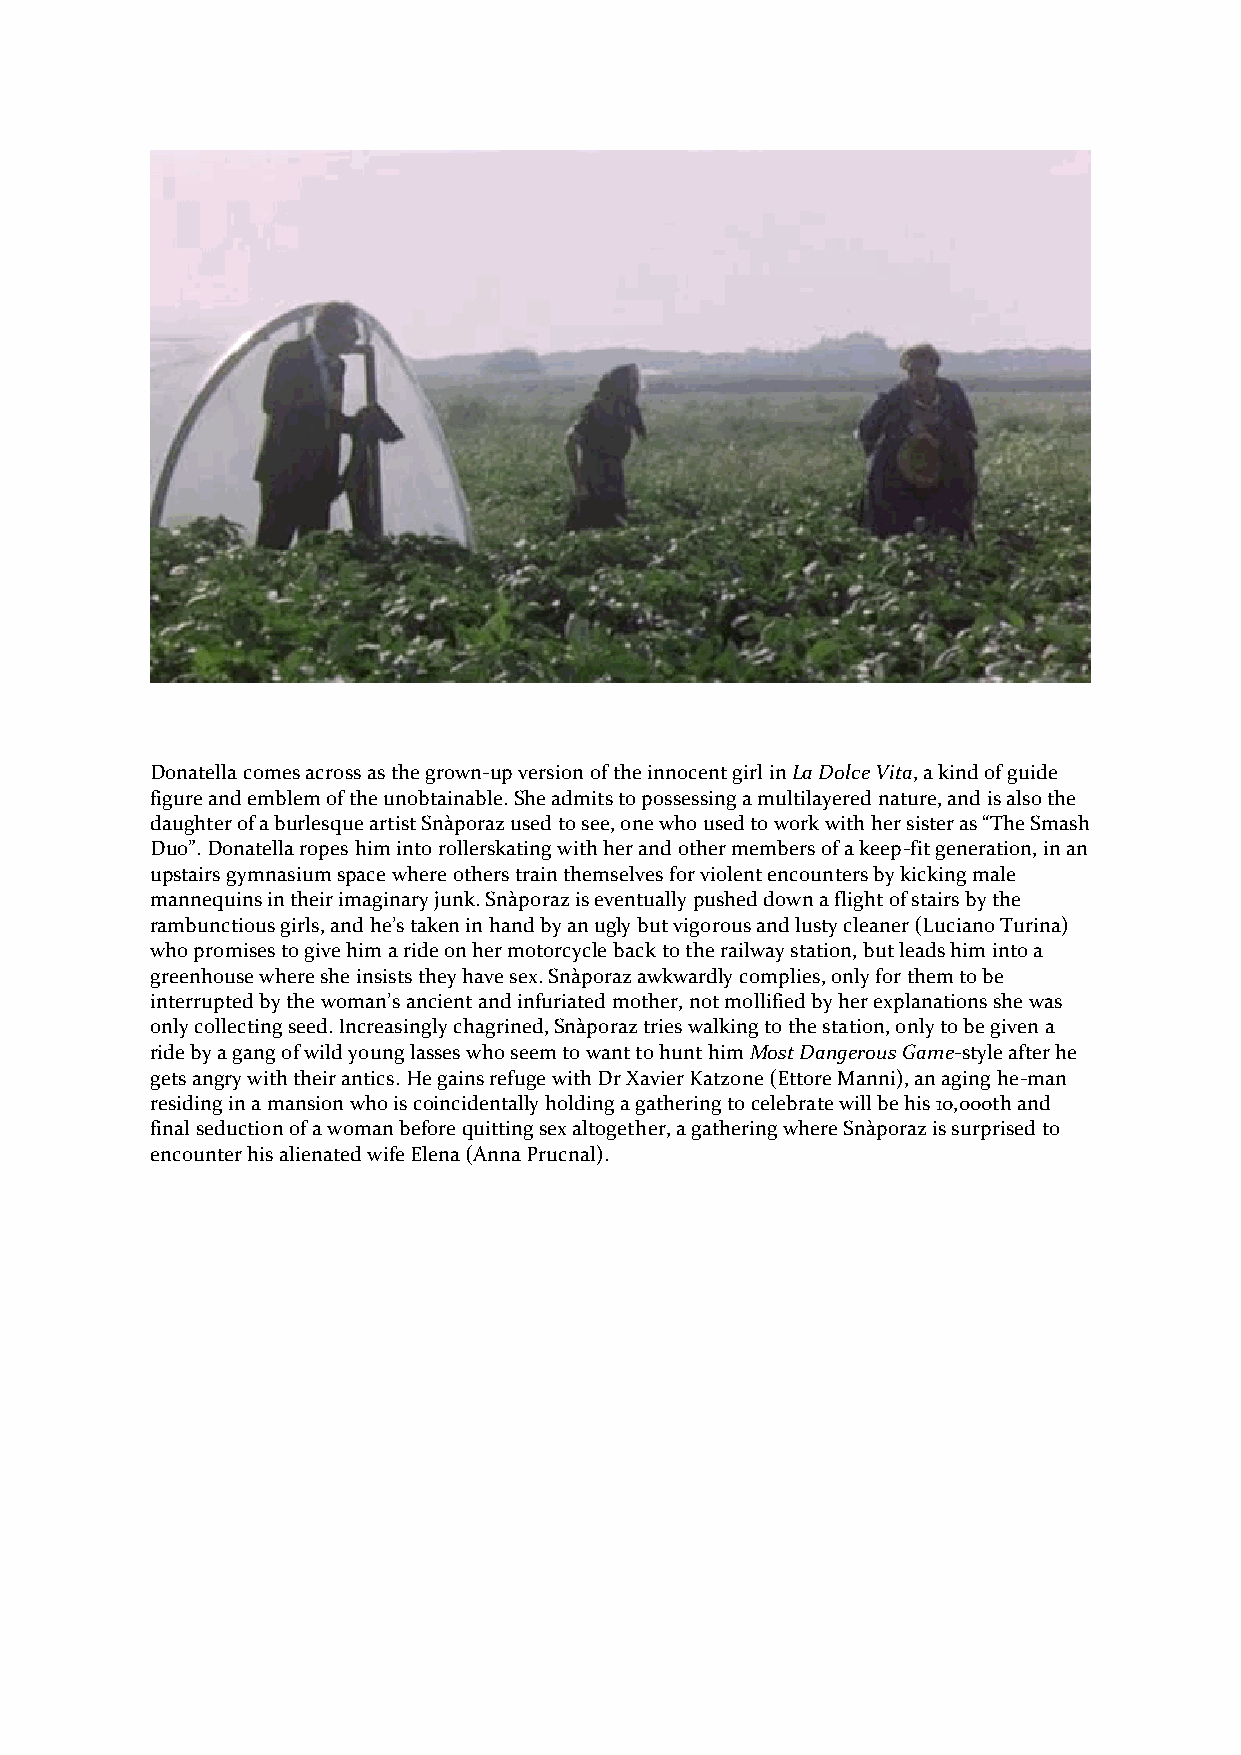
Donatella comes across as the grown-up version of the innocent girl in La Dolce Vita, a kind of guide
 figure and emblem of the unobtainable. She admits to possessing a multilayered nature, and is also the
 daughter of a burlesque artist Sn{poraz used to see, one who used to work with her sister as “The Smash
 Duo”. Donatella ropes him into rollerskating with her and other members of a keep-fit generation, in an
 upstairs gymnasium space where others train themselves for violent encounters by kicking male
 mannequins in their imaginary junk. Snàporaz is eventually pushed down a flight of stairs by the
 rambunctious girls, and he’s taken in hand by an ugly but vigorous and lusty cleaner (Luciano Turina)
 who promises to give him a ride on her motorcycle back to the railway station, but leads him into a
 greenhouse where she insists they have sex. Snàporaz awkwardly complies, only for them to be
 interrupted by the woman’s ancient and infuriated mother, not mollified by her explanations she was
 only collecting seed. Increasingly chagrined, Snàporaz tries walking to the station, only to be given a
 ride by a gang of wild young lasses who seem to want to hunt him Most Dangerous Game-style after he
 gets angry with their antics. He gains refuge with Dr Xavier Katzone (Ettore Manni), an aging he-man
 residing in a mansion who is coincidentally holding a gathering to celebrate will be his 10,000th and
 final seduction of a woman before quitting sex altogether, a gathering where Snàporaz is surprised to
 encounter his alienated wife Elena (Anna Prucnal).